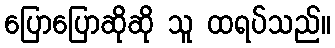
ပြောပြောဆိုဆို သူ ထရပ်သည်။